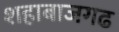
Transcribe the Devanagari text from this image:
शहाबाजगढ